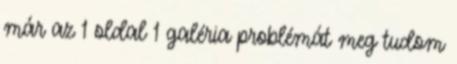
már az 1 oldal 1 galéria problémát meg tudom